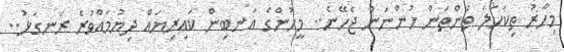
މިހާރު ތިކަހަލަ ތަންތަން ހުންނަން ޖެހޭނެ.. މީހުންގެ އަނބިން ކައިރިޔައް ދިޔުމައްވުރެ ރަނގަޅު..